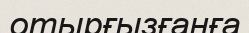
отырғызғанға